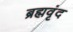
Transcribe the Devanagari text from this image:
ब्रह्मवृंद